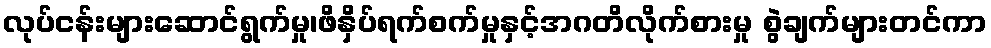
လုပ်ငန်းများဆောင်ရွက်မှု၊ဖိနှိပ်ရက်စက်မှုနှင့်အဂတိလိုက်စားမှု စွဲချက်များတင်ကာ